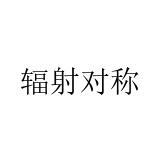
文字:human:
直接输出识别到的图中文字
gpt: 辐射对称